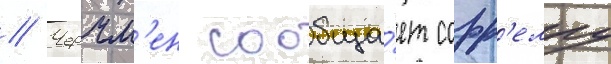
// Черчм'ен сообща́ет сорр'еллу